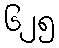
၆၂၅